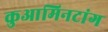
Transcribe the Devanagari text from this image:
कुआमिनटांग